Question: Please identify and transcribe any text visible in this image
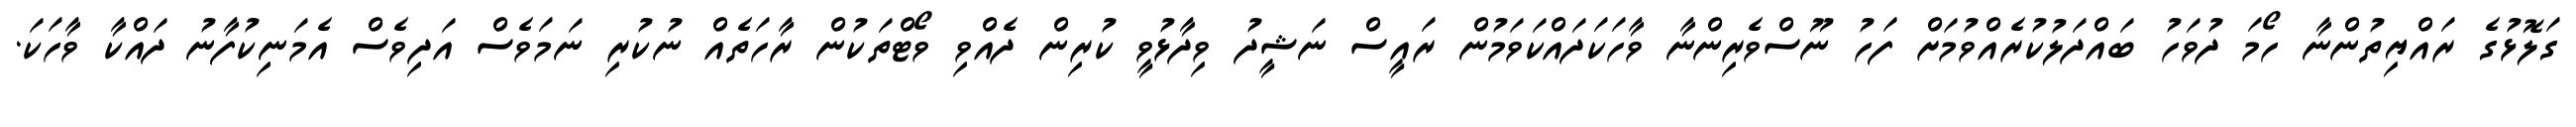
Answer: ގަލޮޅުގެ ރައްޔިތުންނާ ހޯމަ ދުވަހު ބައްދަލުކުރެއްވުމަށް ފަހު ނޫސްވެރިންނާ ވާހަކަދައްކަވަމުން ރައީސް ނަޝީދު ވިދާޅުވީ ކުރިން ދެއްވި ވޯޓްތަކުން ރާހަތެއް ނުކުރި ނަމަވެސް އަދިވެސް އެމަނިކުފާނު ދައްކާ ވާހަކަ.